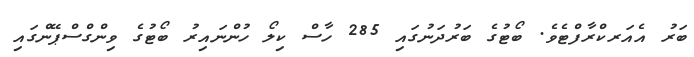
ބަރު އެއަރކްރާފްޓެވެ. ބޯޓުގެ ބަރުދަނުގައި 285 ހާސް ކިލޯ ހުންނައިރު ބޯޓުގެ ވިންގްސްޕޭންގައި